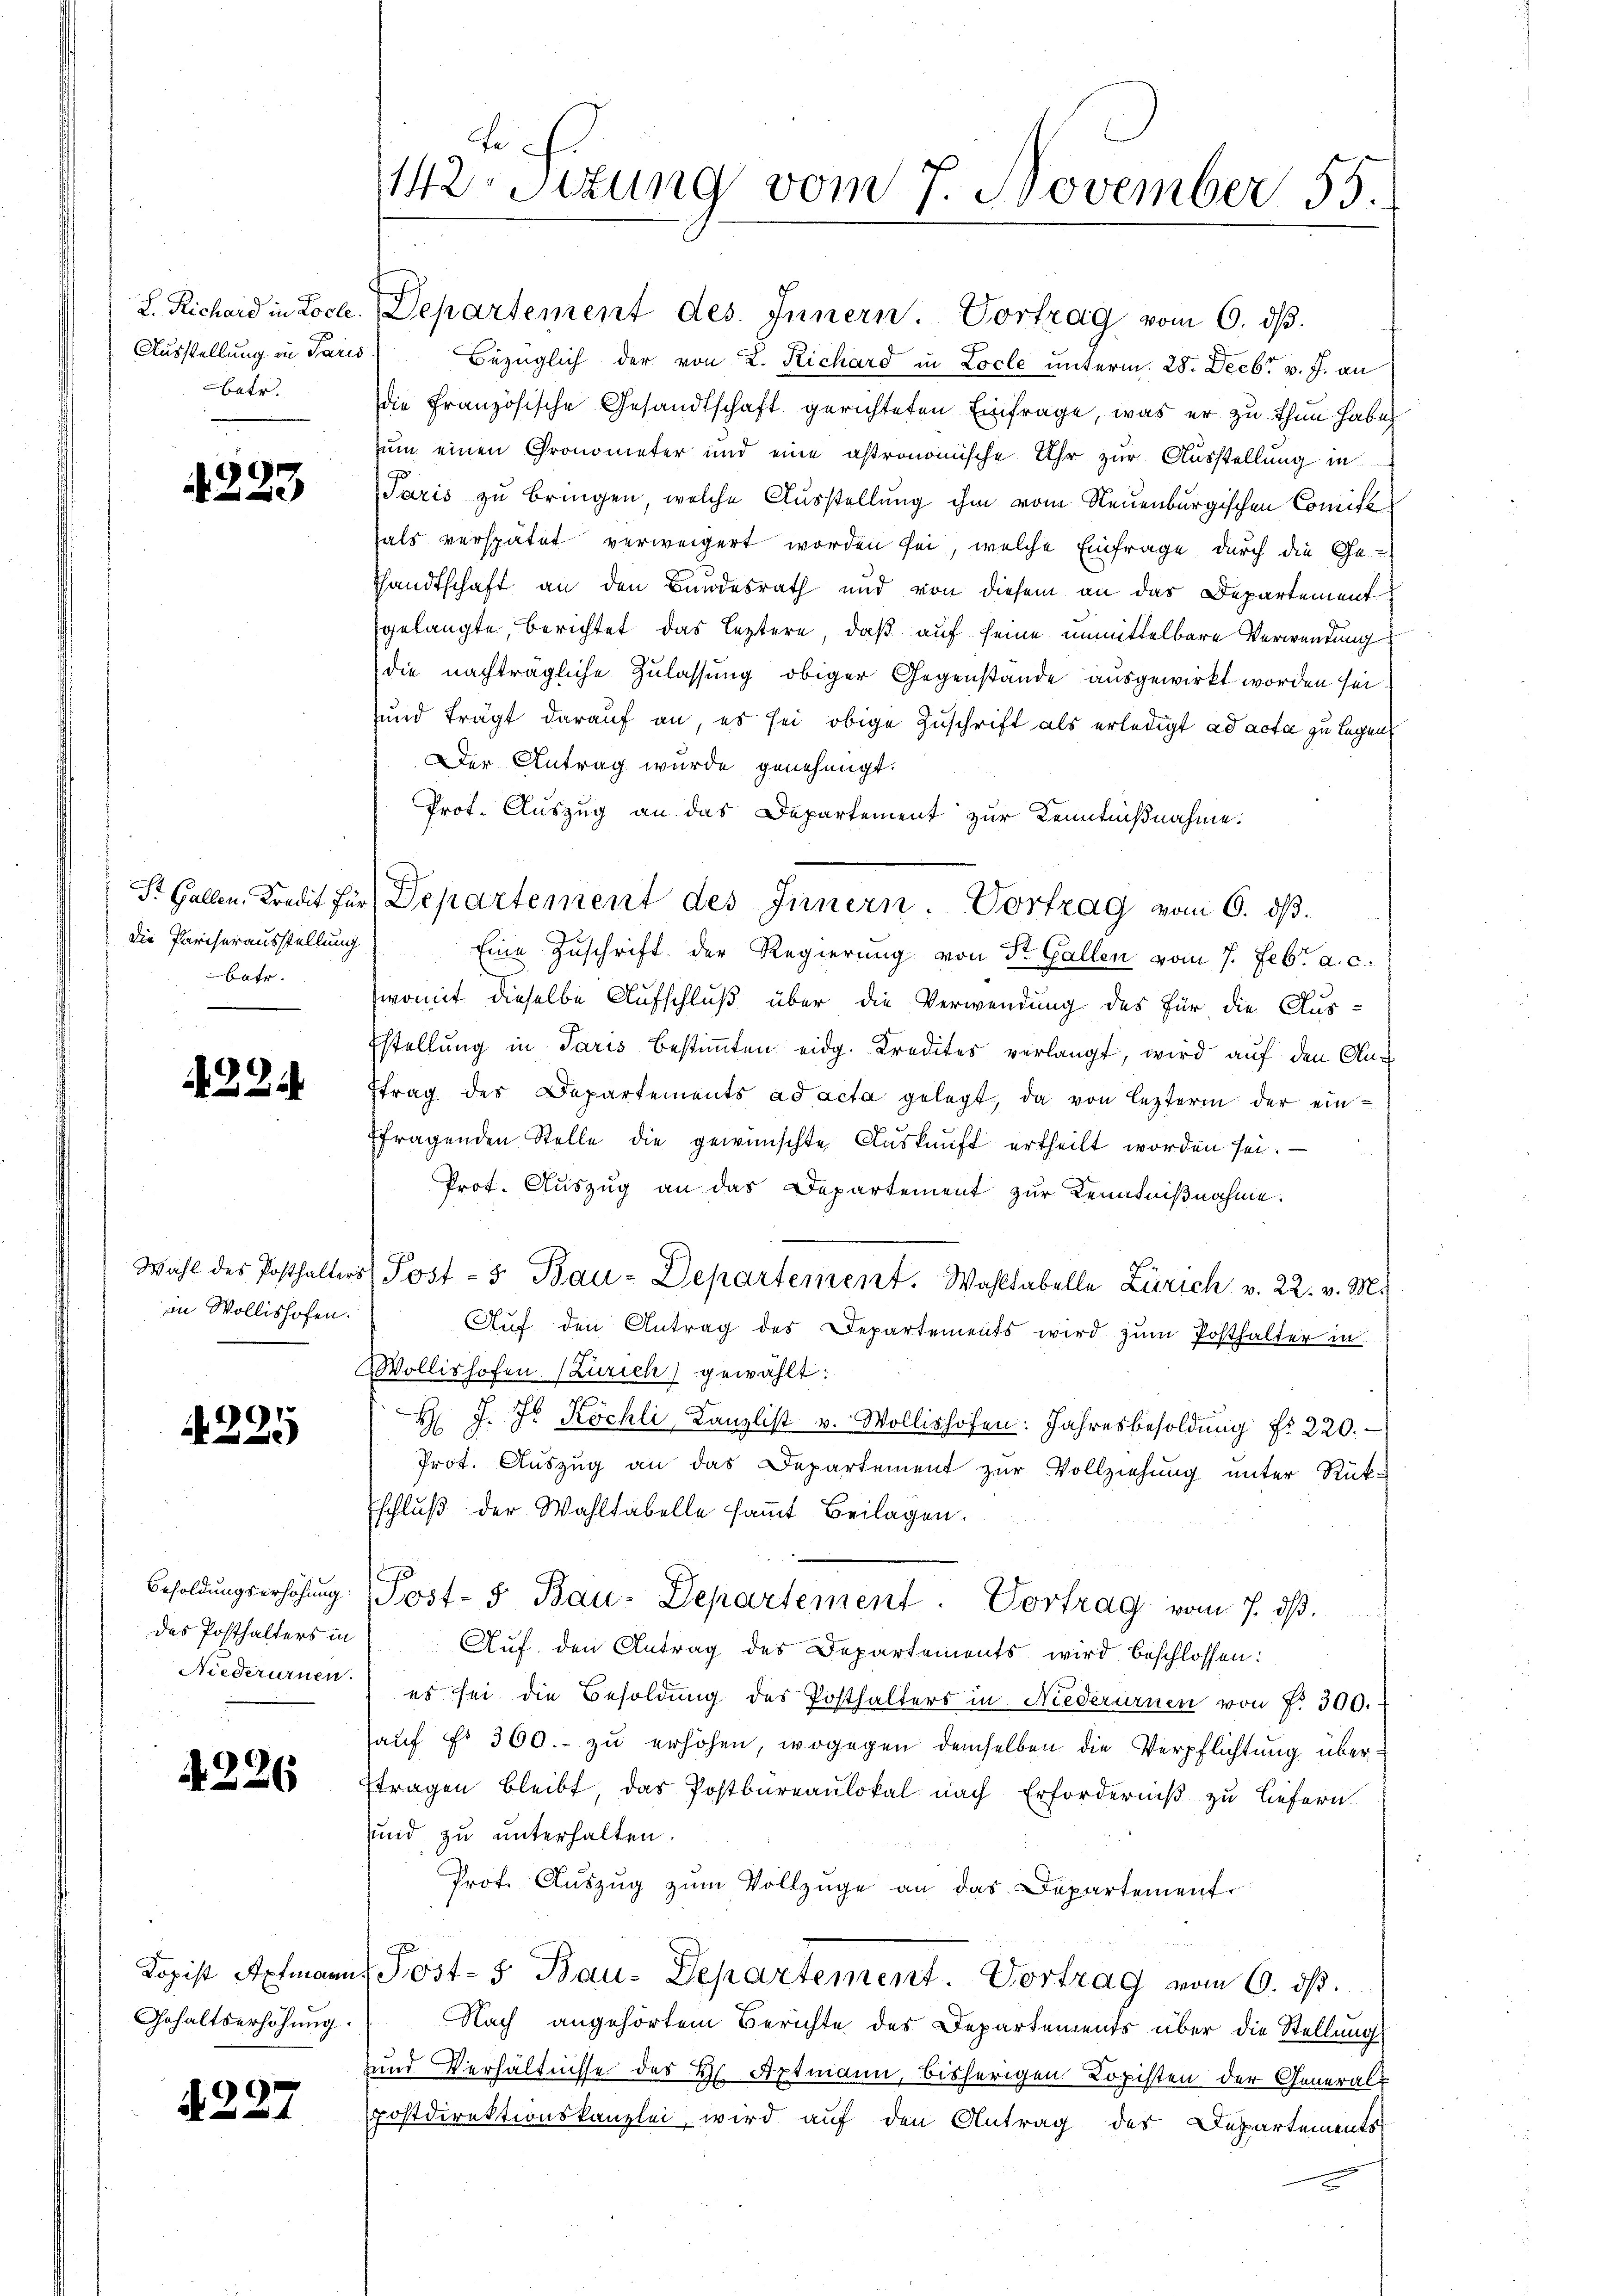
Ausstellung in Paris
betr.

s

4223

die Pariserausstellung
Batr.

4224

in Wollishofen.

A225

Besoldungserhöhung
des Posthalters in

4226

122.

e
142. Situng vom 7. November 55.

L. Richard in Loca. Departement des Innern. Vortrag vom 6. dβ.
Bezüglich der von L. Richard in Locle unterm 28. Decbr v. J. an
die Französische Gesandtschaft gerichteten Einfrage, was er zu thun habe
zum einen Gronometer und eine astronomische Uhr zŭr Aŭsstellung in
Paris zu bringen, welche Ausstellung ihm vom Neuenburgischen Comité
als verspätet verweigert worden sei, welche Einfrage durch die Ge-
Handtschaft an den Bindesrath und von diesem an das Departement
gelangte, berichtet das leztere, daß auf seine unmittelbare Verwendung
die nachträgliche Zulassung obiger Gegenstände ausgewirkt worden sei.
und trägt darauf an, es sei obige Zuschrift als erledigt ad acta zu legen
Der Antrag wurde genehmigt.
Prot. Auszug an das Departement zur Kenntnißnahme.
Eine Zuschrift der Regierung von St. Gallen vom 7. Febr. a. c.
womit dieselbe Aufschluß über die Verwendung des für die Aus-
Estellung in Paris bestimmten eidg. Kredites verlangt, wird auf den Ausftrag des Departements ad acta gelegt, da von lezterm der einffragenden Stelle die gewünschte Aŭskŭnft ertheilt worden sei.
Prot. Aŭszŭg an das Departement zur Kenntniβnahme:
Wahl des Posthalters Post- 5. Bau-Departement. Wahltabelle Zürich v. 22. v. M.
Auf den Antrag des Departements wird zum Posthalter in
Wollishofen. (Zürich) gewählt:
H J. J. Köchli, Kanzlist v. Wollishofen: Jahresbesoldŭng fr. 220.
Prot. Auszug an das Departement zur Vollziehung unter Rück-
Eschlŭβ der Wahltabelle samt Beilagen.
Post- & Bau-Departement. Vortrag vom 7. dß.
Auf den Antrag des Departements wird beschlossen:
Niederurnen es sei die Besoldung des Posthalters in Niederurnen von f. 300.
haŭf Fr. 360.- zŭ erhöhen, wogegen demselben die Verpflichtung überstragen bleibt, das Postbureaulokal nach Erforderniß zu liefern
sund, zu unterhalten.
Prot. Aŭszŭg zŭm Vollzüge an das Departement.
Jopist Aptmann Post- 5. Bau-Departement. Vortrag vom 6. ds.
Gehaltserhöhung. Nach angehörtem Berichte des Departements über die Stellung
und Verhältnisse des H. Aptmann, bisherigen Kopisten der General-
spostdirektionskanzlei, wird auf den Antrag des Departements

St. Gallen. Kredit für Departement des Innern. Vortrag vom 6. dβ.